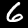
Label: 6